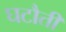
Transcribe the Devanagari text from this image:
घटौती